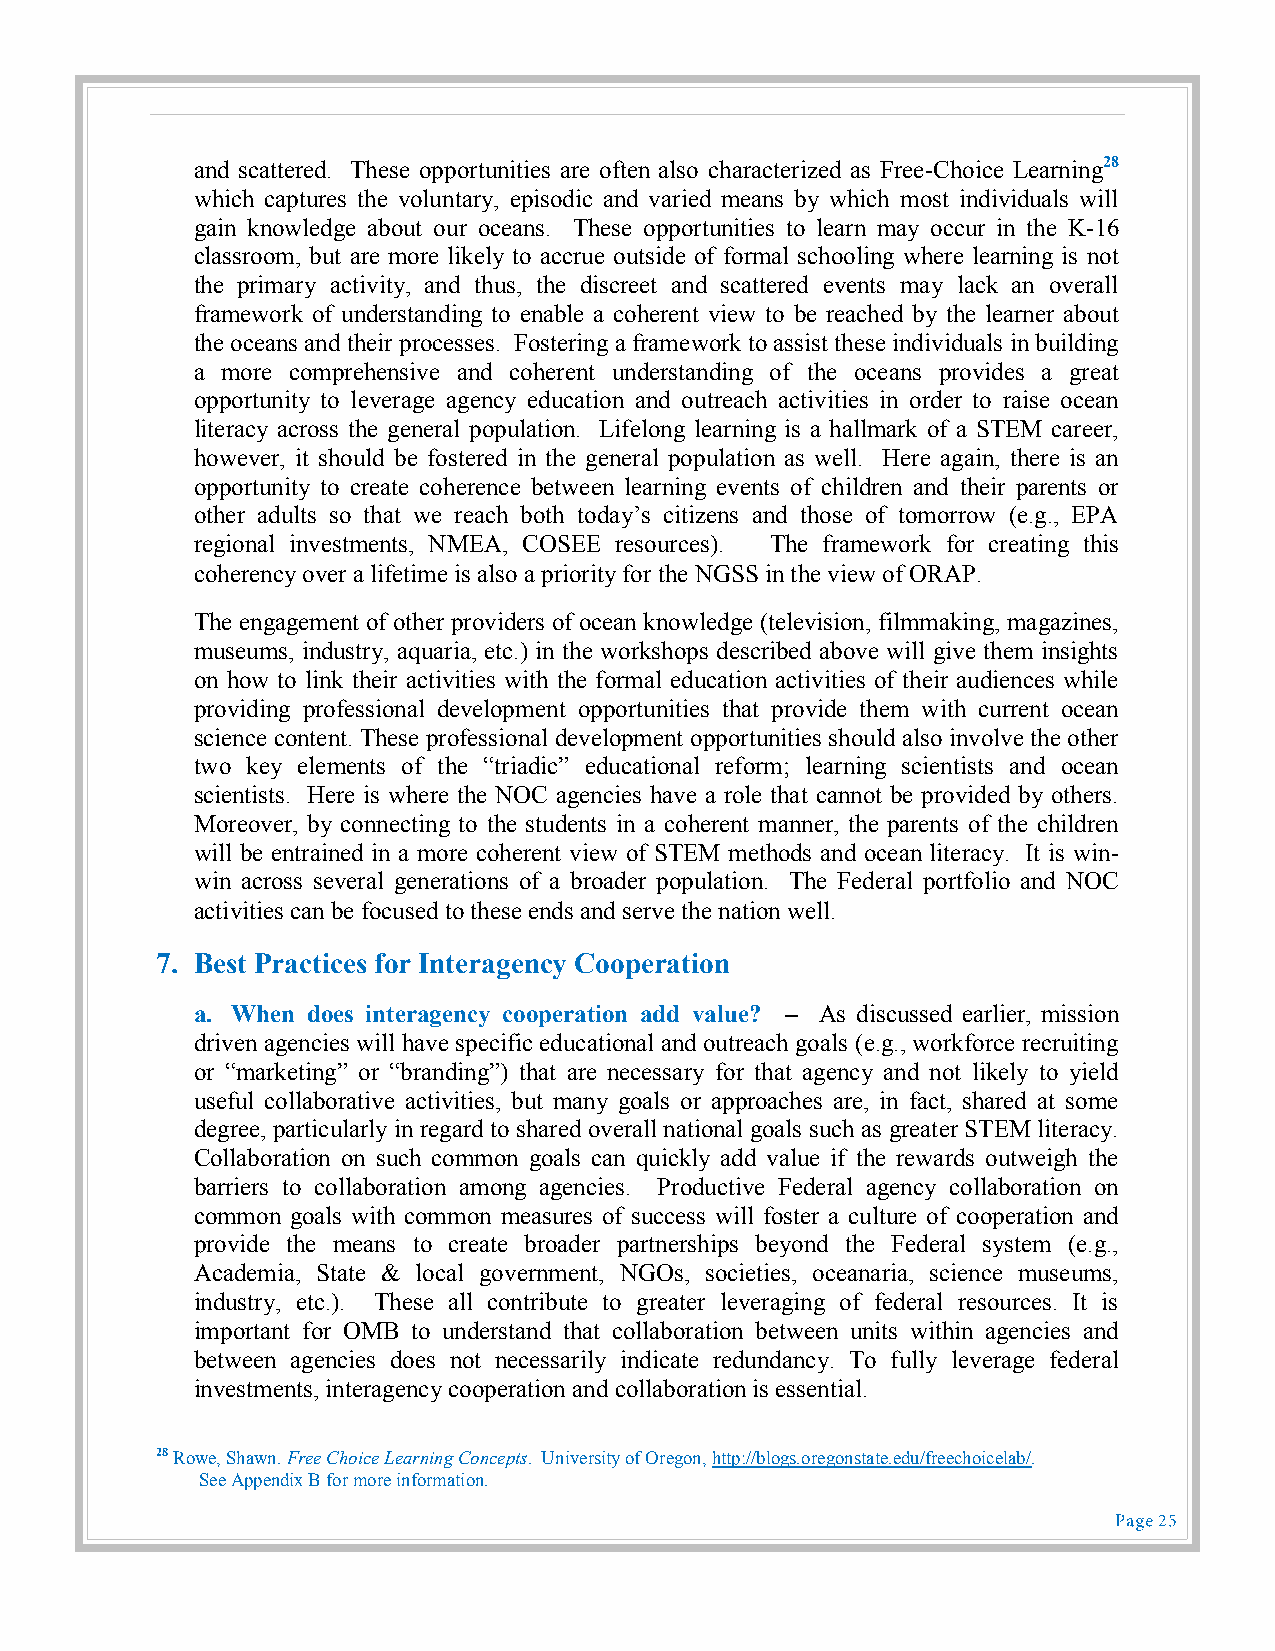
and scattered. These opportunities are often also characterized as Free-Choice Learning28
 which captures the voluntary, episodic and varied means by which most individuals will
 gain knowledge about our oceans. These opportunities to learn may occur in the K-16
 classroom, but are more likely to accrue outside of formal schooling where learning is not
 the primary activity, and thus, the discreet and scattered events may lack an overall
 framework of understanding to enable a coherent view to be reached by the learner about
 the oceans and their processes. Fostering a framework to assist these individuals in building
 a more comprehensive and coherent understanding of the oceans provides a great
 opportunity to leverage agency education and outreach activities in order to raise ocean
 literacy across the general population. Lifelong learning is a hallmark of a STEM career,
 however, it should be fostered in the general population as well. Here again, there is an
 opportunity to create coherence between learning events of children and their parents or
 other adults so that we reach both today’s citizens and those of tomorrow (e.g., EPA
 regional investments, NMEA, COSEE resources). The framework for creating this
 coherency over a lifetime is also a priority for the NGSS in the view of ORAP.
 The engagement of other providers of ocean knowledge (television, filmmaking, magazines,
 museums, industry, aquaria, etc.) in the workshops described above will give them insights
 on how to link their activities with the formal education activities of their audiences while
 providing professional development opportunities that provide them with current ocean
 science content. These professional development opportunities should also involve the other
 two key elements of the “triadic” educational reform; learning scientists and ocean
 scientists. Here is where the NOC agencies have a role that cannot be provided by others.
 Moreover, by connecting to the students in a coherent manner, the parents of the children
 will be entrained in a more coherent view of STEM methods and ocean literacy. It is win-
 win across several generations of a broader population. The Federal portfolio and NOC
 activities can be focused to these ends and serve the nation well.
 7. Best Practices for Interagency Cooperation
 a. When does interagency cooperation add value? – As discussed earlier, mission
 driven agencies will have specific educational and outreach goals (e.g., workforce recruiting
 or “marketing” or “branding”) that are necessary for that agency and not likely to yield
 useful collaborative activities, but many goals or approaches are, in fact, shared at some
 degree, particularly in regard to shared overall national goals such as greater STEM literacy.
 Collaboration on such common goals can quickly add value if the rewards outweigh the
 barriers to collaboration among agencies. Productive Federal agency collaboration on
 common goals with common measures of success will foster a culture of cooperation and
 provide the means to create broader partnerships beyond the Federal system (e.g.,
 Academia, State & local government, NGOs, societies, oceanaria, science museums,
 industry, etc.). These all contribute to greater leveraging of federal resources. It is
 important for OMB to understand that collaboration between units within agencies and
 between agencies does not necessarily indicate redundancy. To fully leverage federal
 investments, interagency cooperation and collaboration is essential.
 28 Rowe, Shawn. Free Choice Learning Concepts. University of Oregon, http://blogs.oregonstate.edu/freechoicelab/.
 See Appendix B for more information.